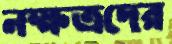
নক্ষত্রদের